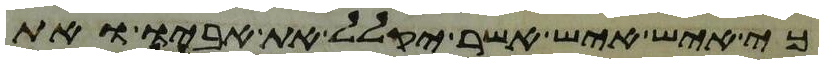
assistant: כי איש איש אשר יקלל את אביו ואת